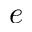
e